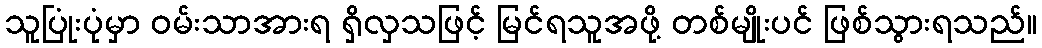
သူပြုံးပုံမှာ ဝမ်းသာအားရ ရှိလှသဖြင့် မြင်ရသူအဖို့ တစ်မျိုးပင် ဖြစ်သွားရသည်။